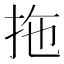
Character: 拖